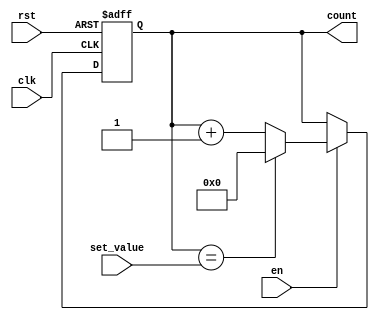
module binary_counter (
    input clk,
    input rst,
    input en,
    input [7:0] set_value,
    output reg [7:0] count
);

always @(posedge clk or posedge rst) begin
    if (rst) begin
        count <= 8'b0;
    end else if (en) begin
        if (count == set_value) begin
            count <= 8'b0;
        end else begin
            count <= count + 1;
        end
    end
end

endmodule